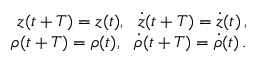
\begin{array} { r } { z ( t + T ) = z ( t ) , \ \ \dot { z } ( t + T ) = \dot { z } ( t ) \, , } \\ { \rho ( t + T ) = \rho ( t ) , \ \ \dot { \rho } ( t + T ) = \dot { \rho } ( t ) \, . } \end{array}